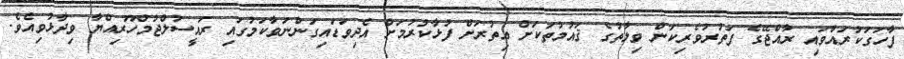
ފާހަގަކުރައްވައި ރާއްޖޭގެ ފަތުރުވެރިކަން ވިލާތުގެ ޤައުމުތަކަށް އިތުރަށް ފުޅާކުރުމަށް އެދިވަޑައިގަންނަވާކަމުގައި ރައީސުލްޖުމްހޫރިއްޔާ ވިދާޅުވިއެވެ.